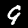
Label: 9